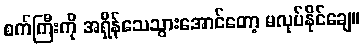
စက်ကြီးကို အရှိန်သေသွားအောင်တော့ မလုပ်နိုင်ချေ။